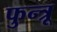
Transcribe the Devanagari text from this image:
फुन्त्रू